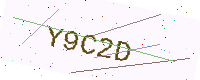
Text: Y9C2D